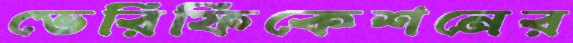
ভেরিফিকেশনের